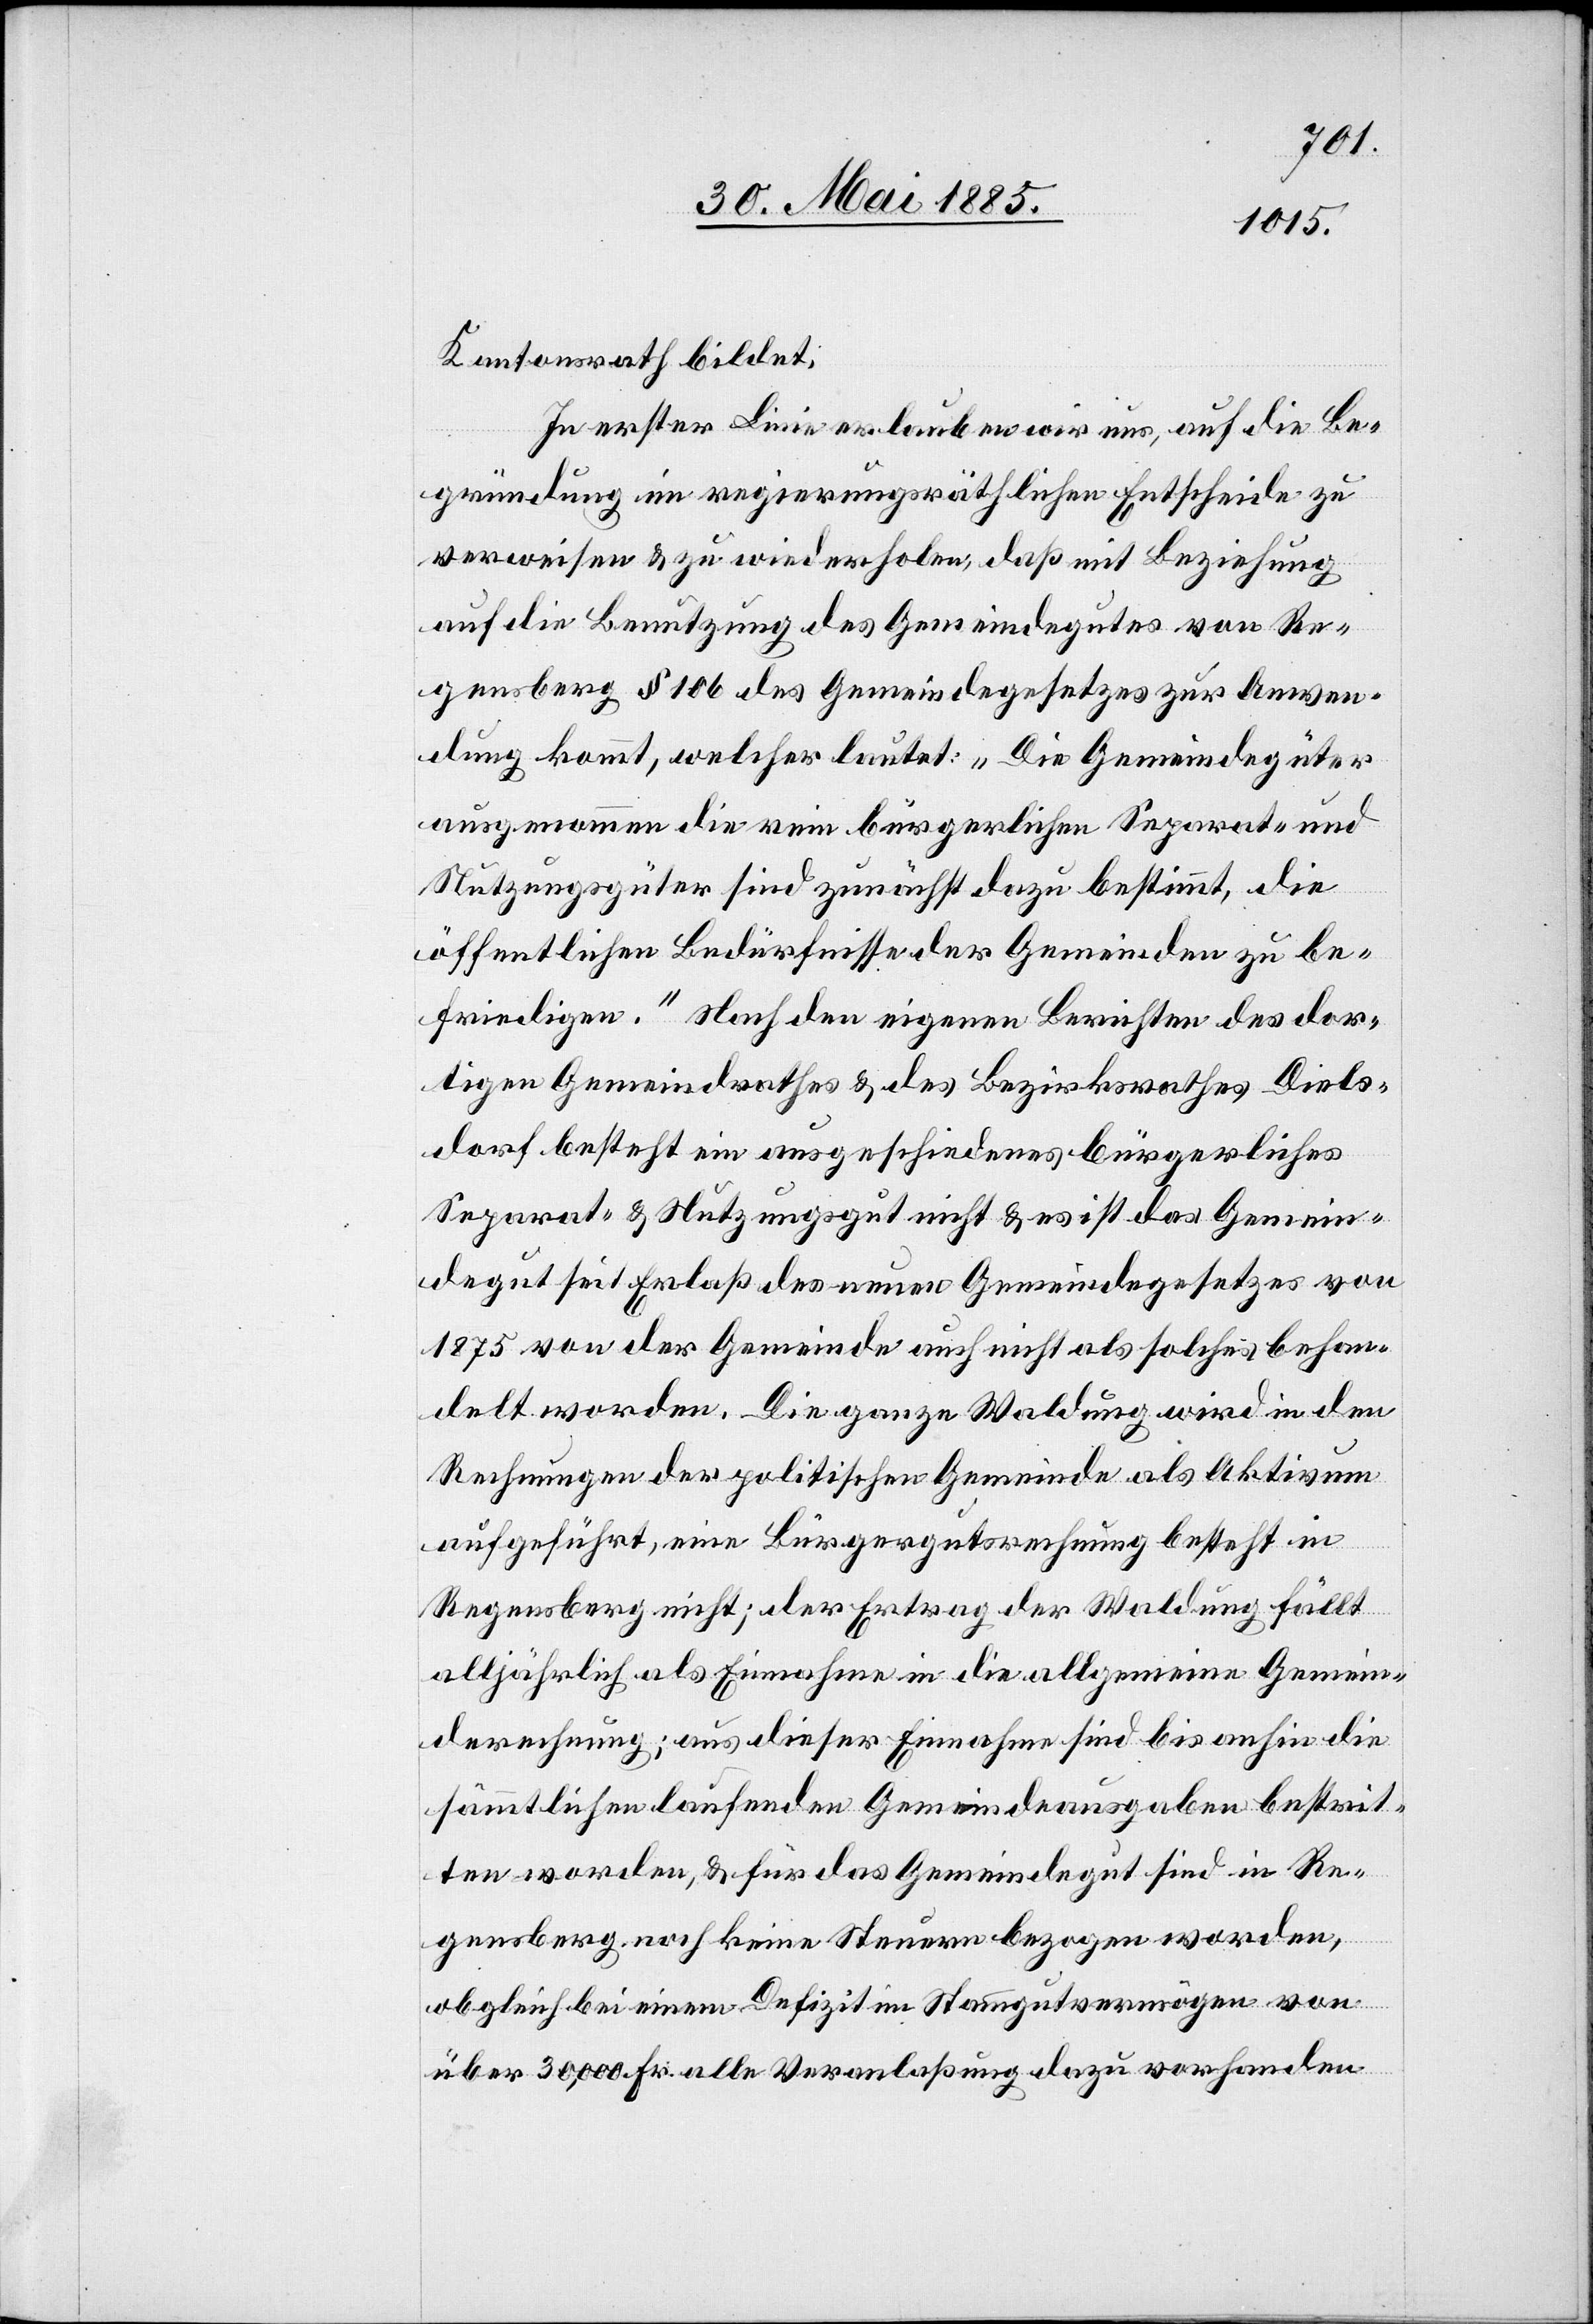
Kantonsrath bildet;
In erster Linie erlauben wir uns, auf die Be¬
gründung im regierungsräthlichen Entscheide zu
verweisen & zu wiederholen, daß mit Beziehung
auf die Benutzung des Gemeindegutes von Re¬
gensberg § 106 des Gemeindegesetzes zur Anwen¬
dung kommt, welcher lautet: „Die Gemeindegüter
ausgenommen die rein bürgerlichen Separat- und
Nutzungsgüter sind zunächst dazu bestimmt, die
öffentlichen Bedürfnisse der Gemeinden zu be¬
friedigen.“ Nach den eigenen Berichten des dor¬
tigen Gemeindrathes & des Bezirksrathes Diels¬
dorf besteht ein ausgeschiedenes bürgerliches
Separat- & Nutzungsgut nicht & es ist das Gemein¬
degut seit Erlaß des neuen Gemeindegesetzes von
1875 von der Gemeinde auch nicht als solches behan¬
delt worden. Die ganze Waldung wird in den
Rechnungen der politischen Gemeinde als Aktivum
aufgeführt, eine Bürgergutsrechnung besteht in
Regensberg nicht; der Ertrag der Waldung fällt
alljährlich als Einnahme in die allgemeine Gemein¬
derechnung; aus dieser Einnahme sind bis anhin die
sämmtlichen laufenden Gemeindeausgaben bestrit¬
ten worden, & für das Gemeindegut sind in Re¬
gensberg noch keine Steuern bezogen worden,
obgleich bei einem Defizit im Stammgutsvermögen von
über 30,000 Fr. alle Veranlaßung dazu vorhanden